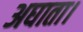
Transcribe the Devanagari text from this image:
अघाता।